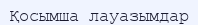
Қосымша лауазымдар